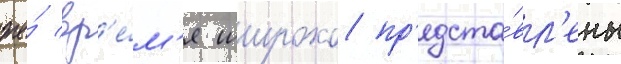
же́ вр'е́м'я широко пр'едста́вл'ены